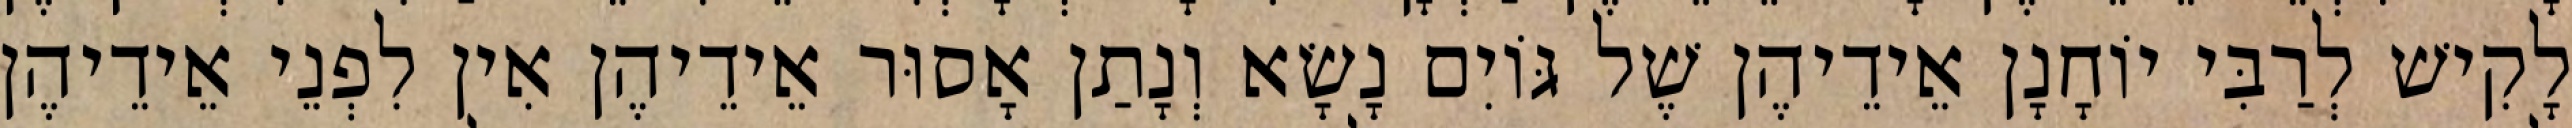
לָקִישׁ לְרַבִּי יוֹחָנָן אֵידֵיהֶן שֶׁל גּוֹיִם נָשָׂא וְנָתַן אָסוּר אֵידֵיהֶן אִין לִפְנֵי אֵידֵיהֶן